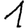
Digit: 1